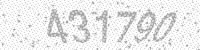
Solution: 431790